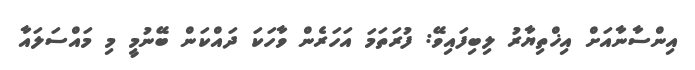
އިންސާނާއަށް އިޚްތިޔާރު ލިބިފައިވޭ: ފުރަތަމަ އަހަރެން ވާހަކަ ދައްކަން ބޭނުމީ މި މައްސަލައާ